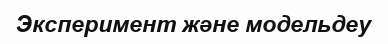
Эксперимент және модельдеу